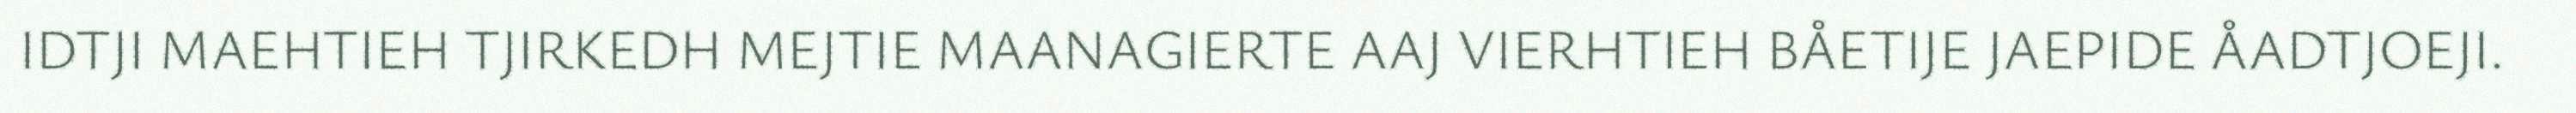
IDTJI MAEHTIEH TJIRKEDH MEJTIE MAANAGIERTE AAJ VIERHTIEH BÅETIJE JAEPIDE ÅADTJOEJI.